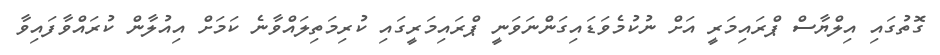
ގޮތުގައި އިލްޔާސް ޕްރައިމަރީ އަށް ނުކުމެވަޑައިގަންނަވަނީ ޕްރައިމަރީގައި ކުރިމަތިލައްވާނެ ކަމަށް އިއުލާން ކުރައްވާފައިވާ